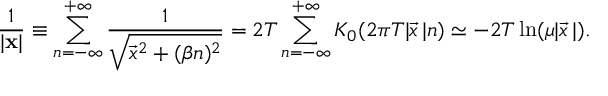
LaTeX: \frac { 1 } { | { \bf x } | } \equiv \sum _ { n = - \infty } ^ { + \infty } \frac { 1 } { \sqrt { \vec { x } ^ { 2 } + ( \beta n ) ^ { 2 } } } = 2 T \sum _ { n = - \infty } ^ { + \infty } K _ { 0 } ( 2 \pi T | \vec { x } { \, } | n ) \simeq - 2 T \ln ( \mu | \vec { x } { \, } | ) .